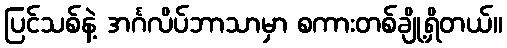
ပြင်သစ်နဲ့ အင်္ဂလိပ်ဘာသာမှာ စကားတစ်ချို့ရှိတယ်။